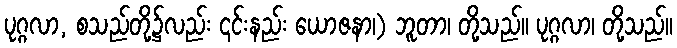
ပုဂ္ဂလာ, စသည်တို့၌လည်း ၎င်းနည်း ယောဇနာ၊) ဘူတာ၊ တို့သည်။ ပုဂ္ဂလာ၊ တို့သည်။